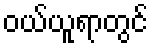
ဝယ်ယူရာတွင်